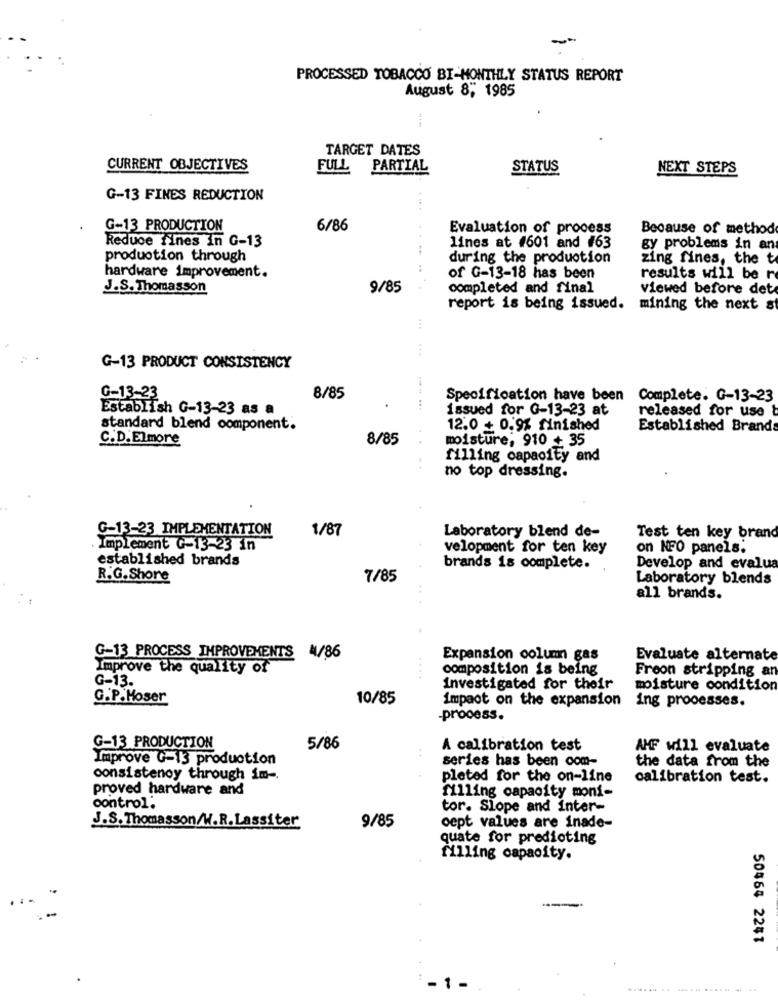
-
PROCESSED TOBACCO BI-MONTHLY STATUS REPORT
August 8, 1985
TARGET DATES
CURRENT OBJECTIVES
FULL
PARTIAL
STATUS
NEXT STEPS
G-13 FINES REDUCTION
G-13 PRODUCTION
6/86
Evaluation of process
Because of method
Reduce lines In G-13
... . . .
lines at #601 and #63
gy problems in an
production through
during the production
zing fines, the t
hardware improvement.
of G-13-18 has been
results will be r
J.S. Thomasson
9/85
completed and final
viewed before det
report is being issued. mining the next st
G-13 PRODUCT CONSISTENCY
G-13-23
8/85
Specification have been Complete. G-13-23
Establish G-13-23 as a
issued for G-13-23 at
released for use
standard blend component.
12.0 + 0.9% finished
Established Brands
C.D. Elmore
8/85
moisture, 910 + 35
filling capacity and
no top dressing.
G-13-23 IMPLEMENTATION
1/87
Laboratory blend de-
Test ten key brand
Implement G=13-23 in
velopment for ten key
on NFO panels.
established brands
brands is complete.
Develop and evalua
R.G. Shore
7/85
Laboratory blends
all brands.
G-13 PROCESS IMPROVEMENTS 4/86
Expansion column gas
Evaluate alternate
Improve the quality of
composition is being
Freon stripping an
G-13.
....
investigated for their
moisture condition
G.P.Moser
10/85
impact on the expansion
ing processes.
-process.
G-13 PRODUCTION
5/86
A calibration test
AMF will evaluate
Improve G=13 production
series has been com-
the data from the
consistency through im -.
pleted for the on-line
calibration test.
proved hardware and
filling capacity moni-
control.
tor. Slope and inter-
J.S. Thomasson/W.R.Lassiter
9/85
cept values are inade-
quate for predicting
filling capacity.
50464 2241
- 1 -